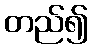
တည်၍